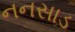
નનસાડ